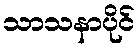
သာသနာပိုင်